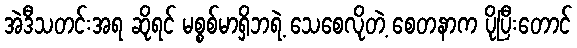
အဲဒီသတင်းအရ ဆိုရင် မစ္စစ်မာရှိဘရဲ့ သေစေလိုတဲ့ စေတနာက ပိုပြီးတောင်